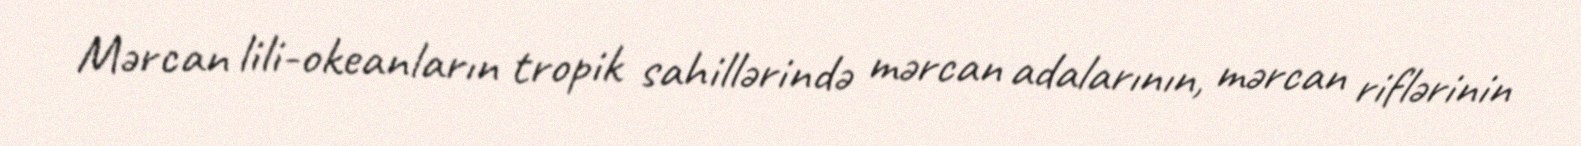
Mərcan lili-okeanların tropik sahillərində mərcan adalarının, mərcan riflərinin